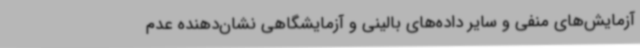
آزمایش‌های منفی و سایر داده‌های بالینی و آزمایشگاهی نشان‌دهنده عدم